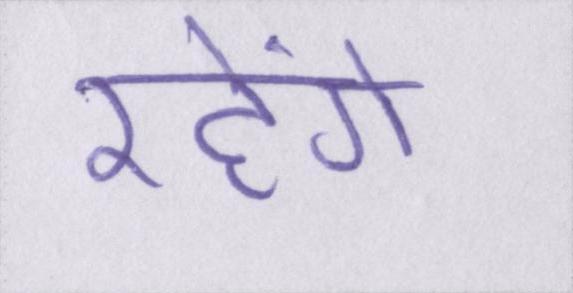
रहेंगे